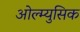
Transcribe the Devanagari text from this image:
ओल्म्युसिक